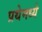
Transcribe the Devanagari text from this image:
प्रथेमध्ये